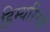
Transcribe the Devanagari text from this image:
हिम्यरियों